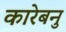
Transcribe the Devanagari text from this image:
कारेबनु